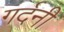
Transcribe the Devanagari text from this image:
गर्दनी